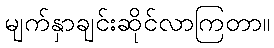
မျက်နှာချင်းဆိုင်လာကြတာ။